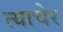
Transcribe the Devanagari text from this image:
त्याचेर